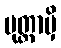
မုတ္တာမှိ